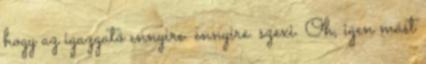
hogy az igazgató ennyire. ennyire. szexi. Oh, igen mást